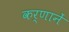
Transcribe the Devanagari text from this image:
कर्णानें